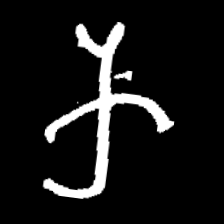
Pyu character \u2014 Myanmar letter: က (romanized: ka)